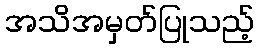
အသိအမှတ်ပြုသည့်